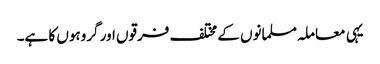
یہی معاملہ مسلمانوں کے مختلف فرقوں اور گروہوں کا ہے۔